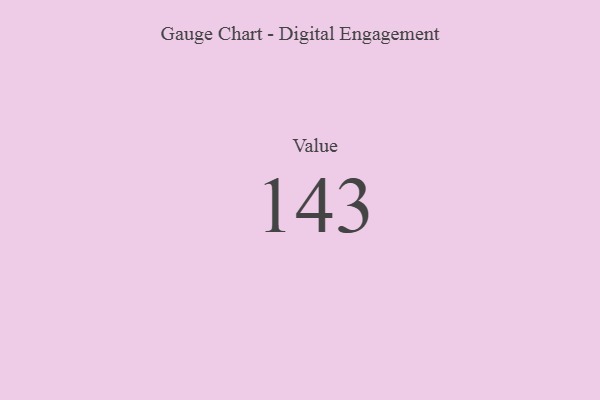
{"axis": {"x": "Metric", "y": "Value"}, "legend": [""], "data": [{"x": "Value", "y": 143, "type": ""}]}